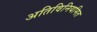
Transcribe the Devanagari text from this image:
अतिविनियमित